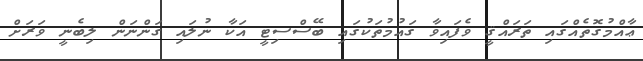
ޢާއްމުގޮތެއްގައި ތަރައްޤީ ވެފައިވާ ގައުމުތަކުގައި ބޭސްސިޓީ އަކާ ނުލައި ގަންނަން ލިބެނީ ވަރަށް